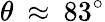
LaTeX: \theta\: \approx\: 83^{\circ}